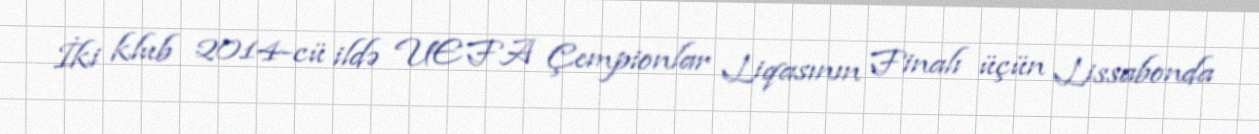
İki klub 2014-cü ildə UEFA Çempionlar Liqasının Finalı üçün Lissabonda